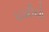
ઇડરીયો